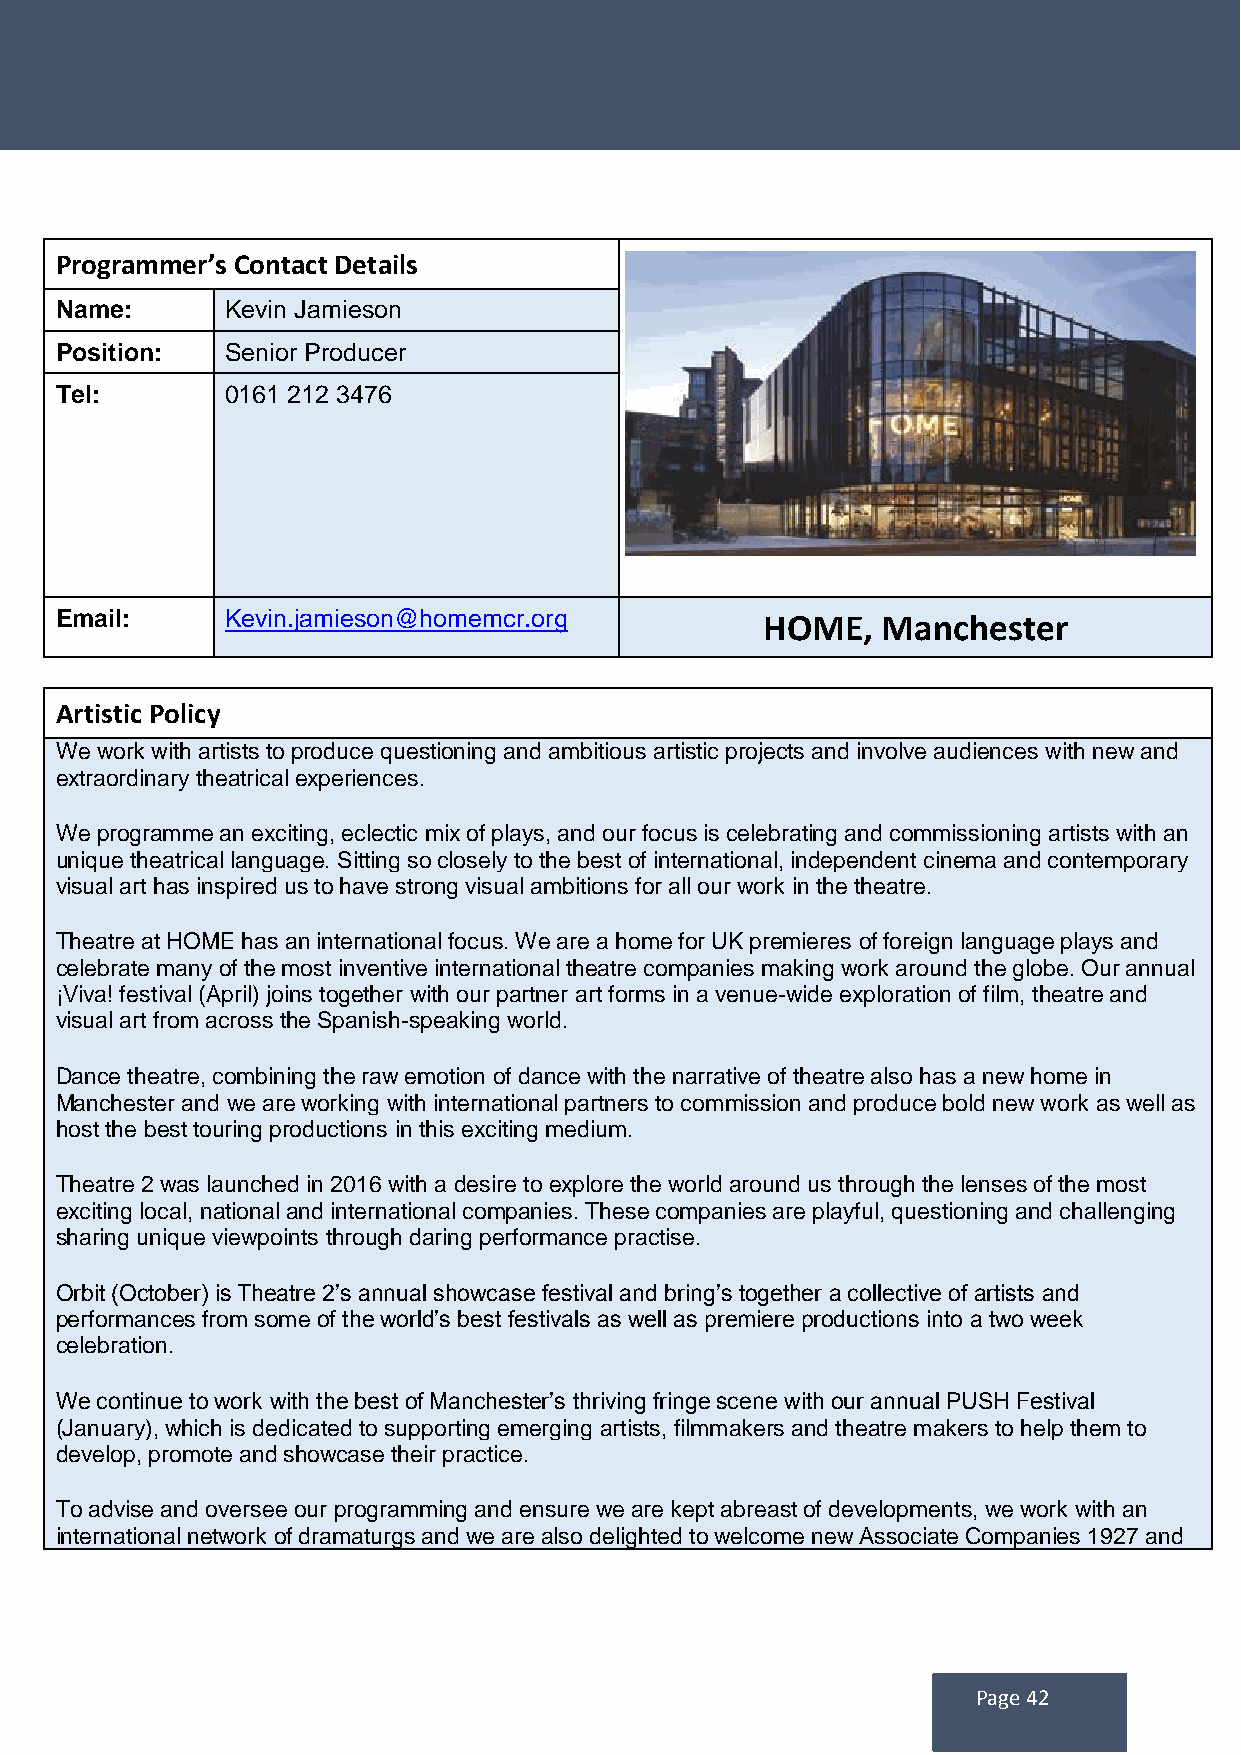
Programmer’s Contact Details
 Name:      Kevin Jamieson
 Position:  Senior Producer
 Tel:       0161 212 3476
 Email:     Kevin.jamieson@homemcr.org          HOME,  Manchester
 Artistic Policy
 We work with artists to produce questioning and ambitious artistic projects and involve audiences with new and
 extraordinary theatrical experiences.
 We programme an exciting, eclectic mix of plays, and our focus is celebrating and commissioning artists with an
 unique theatrical language. Sitting so closely to the best of international, independent cinema and contemporary
 visual art has inspired us to have strong visual ambitions for all our work in the theatre.
 Theatre at HOME has an international focus. We are a home for UK premieres of foreign language plays and
 celebrate many of the most inventive international theatre companies making work around the globe. Our annual
 ¡Viva! festival (April) joins together with our partner art forms in a venue-wide exploration of film, theatre and
 visual art from across the Spanish-speaking world.
 Dance theatre, combining the raw emotion of dance with the narrative of theatre also has a new home in
 Manchester and we are working with international partners to commission and produce bold new work as well as
 host the best touring productions in this exciting medium.
 Theatre 2 was launched in 2016 with a desire to explore the world around us through the lenses of the most
 exciting local, national and international companies. These companies are playful, questioning and challenging
 sharing unique viewpoints through daring performance practise.
 Orbit (October) is Theatre 2’s annual showcase festival and bring’s together a collective of artists and
 performances from some of the world’s best festivals as well as premiere productions into a two week
 celebration.
 We continue to work with the best of Manchester’s thriving fringe scene with our annual PUSH Festival
 (January), which is dedicated to supporting emerging artists, filmmakers and theatre makers to help them to
 develop, promote and showcase their practice.
 To advise and oversee our programming and ensure we are kept abreast of developments, we work with an
 international network of dramaturgs and we are also delighted to welcome new Associate Companies 1927 and
 Page 42